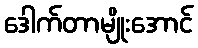
ဒေါက်တာမျိုးအောင်